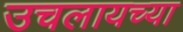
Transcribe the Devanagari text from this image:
उचलायच्या